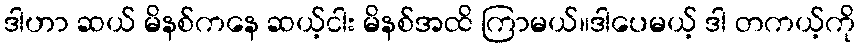
ဒါဟာ ဆယ် မိနစ်ကနေ ဆယ့်ငါး မိနစ်အထိ ကြာမယ်။ဒါပေမယ့် ဒါ တကယ့်ကို